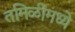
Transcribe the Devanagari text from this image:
तमिळींमध्ये